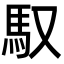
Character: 馭